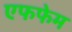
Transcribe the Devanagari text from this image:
एफफेम